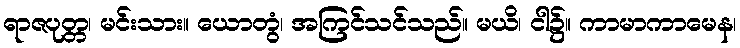
ရာဇပုတ္တ၊ မင်းသား။ ယောတွံ၊ အကြင်သင်သည်။ မယိ၊ ငါ၌။ ကာမာကာမေန၊